Scottish Leaving Certificate Examination, 1961
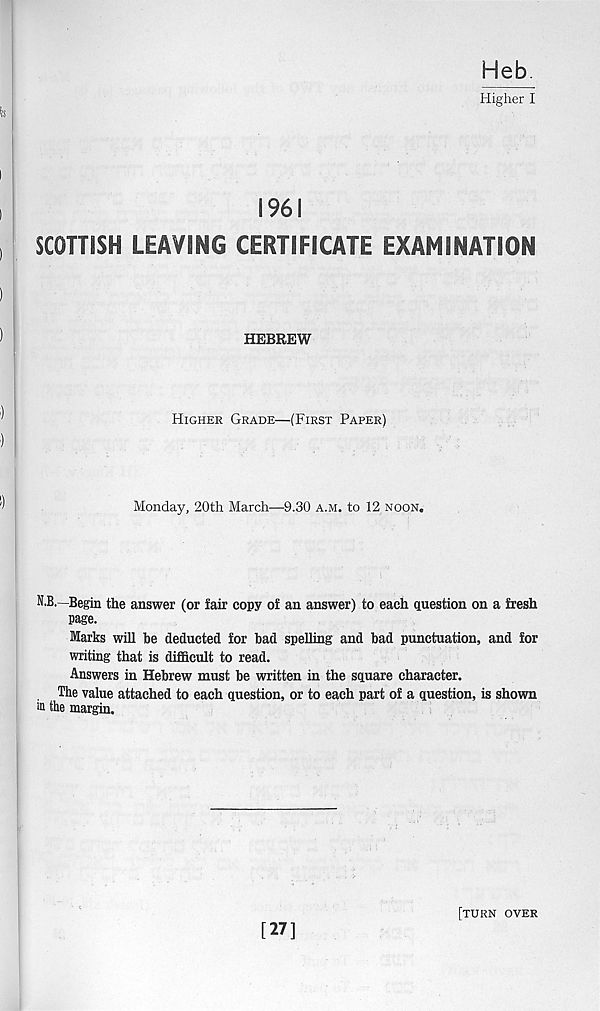
Heb.
Higher I
1961
SCOTTISH LEAVING CERTIFICATE EXAMINATION
HEBREW
j
Higher Grade—(First Paper)
Monday, 20th March—9.30 a.m. to 12 noon.
N.B.- Begin the answer (or fair copy of an answer) to each question on a fresh
page.
Marks will be deducted for bad spelling and bad punctuation, and for
writing that is difficult to read.
Answers in Hebrew must be written in the square character.
The value attached to each question, or to each part of a question, is shown
® the margin.
[27]
[turn over